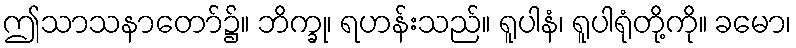
ဤသာသနာတော်၌။ ဘိက္ခု၊ ရဟန်းသည်။ ရူပါနံ၊ ရူပါရုံတို့ကို။ ခမော၊